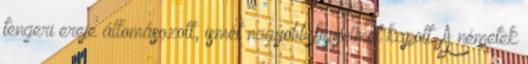
tengeri ereje állomásozott, ismét nagyobb figyelmet kapott. A németek